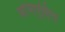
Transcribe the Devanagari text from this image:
अभिपुष्टित